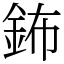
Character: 鈽